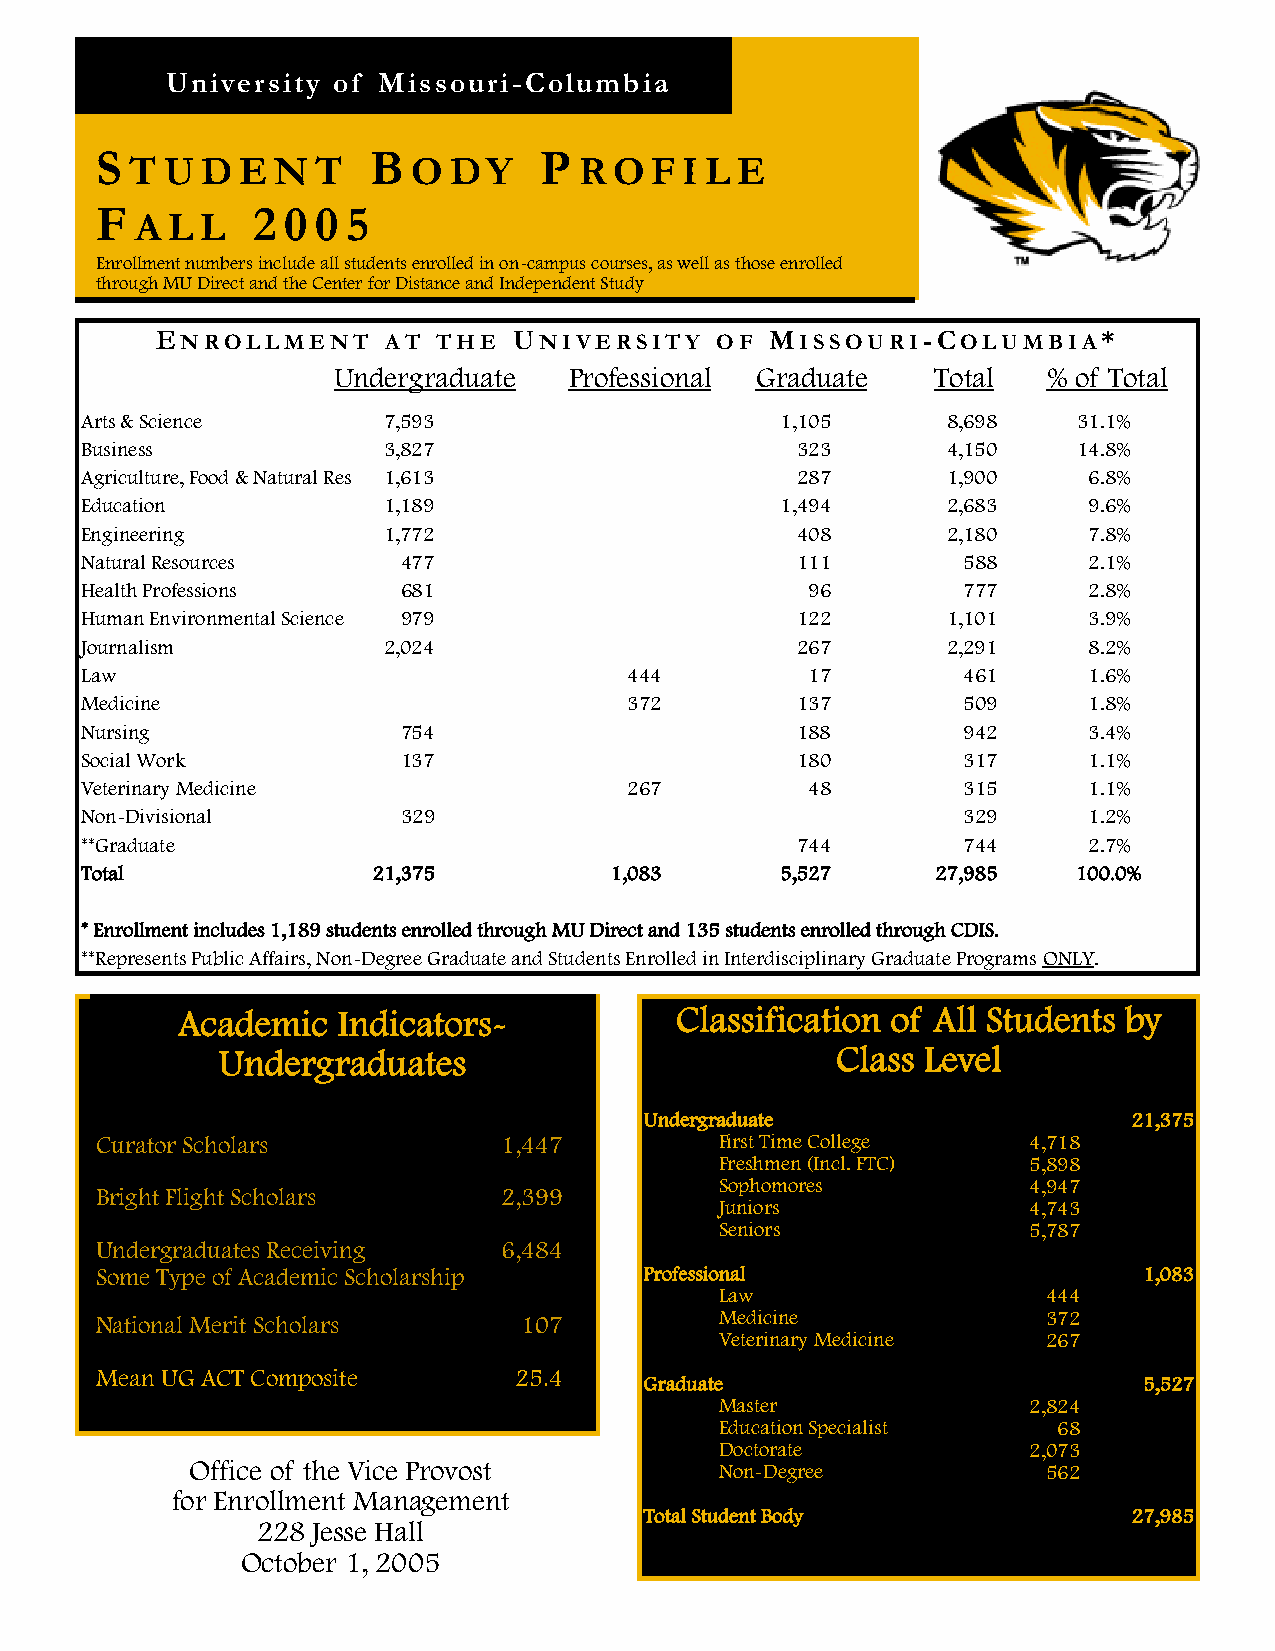
University of Missouri-Columbia
 S                 B           P
 T U D  E N  T     O  DY      RO   F I L E
 F          2 0 0 5
 A L L
 Enrollment numbers include all students enrolled in on-campus courses, as well as those enrolled
 through MU Direct and the Center for Distance and Independent Study
 ENROLLMENT      AT THE  UNIVERSITY   OF  MISSOURI-COLUMBIA*
 Undergraduate   Professional Graduate   Total  % of Total
 Arts & Science      7,593                      1,105      8,698   31.1%
 Business            3,827                       323       4,150   14.8%
 Agriculture, Food & Natural Res 1,613           287       1,900    6.8%
 Education           1,189                      1,494      2,683    9.6%
 Engineering         1,772                       408       2,180    7.8%
 Natural Resources     477                       111        588     2.1%
 Health Professions    681                        96        777     2.8%
 Human Environmental Science 979                 122       1,101    3.9%
 Journalism          2,024                       267       2,291    8.2%
 Law                                  444         17        461     1.6%
 Medicine                             372        137        509     1.8%
 Nursing               754                       188        942     3.4%
 Social Work           137                       180        317     1.1%
 Veterinary Medicine                  267         48        315     1.1%
 Non-Divisional        329                                  329     1.2%
 **Graduate                                      744        744     2.7%
 Total               21,375         1,083       5,527     27,985   100.0%
 * Enrollment includes 1,189 students enrolled through MU Direct and 135 students enrolled through CDIS.
 **Represents Public Affairs, Non-Degree Graduate and Students Enrolled in Interdisciplinary Graduate Programs ONLY.
 Academic  Indicators-            Classification of All Students by
 Undergraduates                           Class Level
 Undergraduate                   21,375
 Curator Scholars           1,447          First Time College  4,718
 Freshmen (Incl. FTC) 5,898
 Sophomores          4,947
 Bright Flight Scholars     2,399
 Juniors             4,743
 Seniors             5,787
 Undergraduates Receiving   6,484
 Some Type of Academic Scholarship    Professional                     1,083
 Law                  444
 National Merit Scholars      107          Medicine             372
 Veterinary Medicine  267
 Mean UG ACT Composite       25.4
 Graduate                         5,527
 Master              2,824
 Education Specialist  68
 Doctorate           2,073
 Office of the Vice Provost          Non-Degree           562
 for Enrollment Management
 Total Student Body              27,985
 228 Jesse Hall
 October 1, 2005